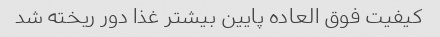
کیفیت فوق العاده پایین بیشتر غذا دور ریخته شد